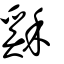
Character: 𥡙